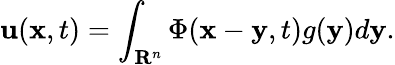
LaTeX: \mathbf{u}(\mathbf{{x}},t)=\int_{\mathbf{{R}}^{n}}\Phi(\mathbf{{x}}-\mathbf{{y}},t)g(\mathbf{{y}})d\mathbf{{y}}.